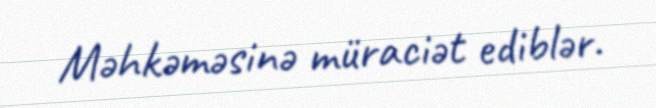
Məhkəməsinə müraciət ediblər.